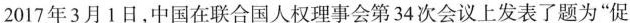
2017年3月1日，中国在联合国人权理事会第34次会议上发表了题为“促